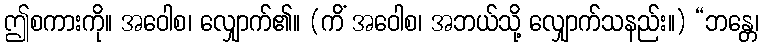
ဤစကားကို။ အဝေါစ၊ လျှောက်၏။ (ကိံ အဝေါစ၊ အဘယ်သို့ လျှောက်သနည်း။) “ဘန္တေ၊